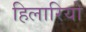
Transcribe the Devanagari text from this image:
हिलारियो